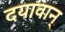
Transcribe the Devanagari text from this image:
दयावान्